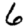
Digit: 6